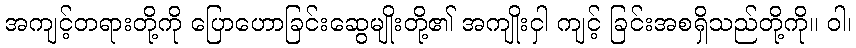
အကျင့်တရားတို့ကို ပြောဟောခြင်းဆွေမျိုးတို့၏ အကျိုးငှါ ကျင့် ခြင်းအစရှိသည်တို့ကို။ ဝါ၊